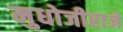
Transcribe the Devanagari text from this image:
मुधोजीराजे